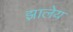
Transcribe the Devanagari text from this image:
झालेय